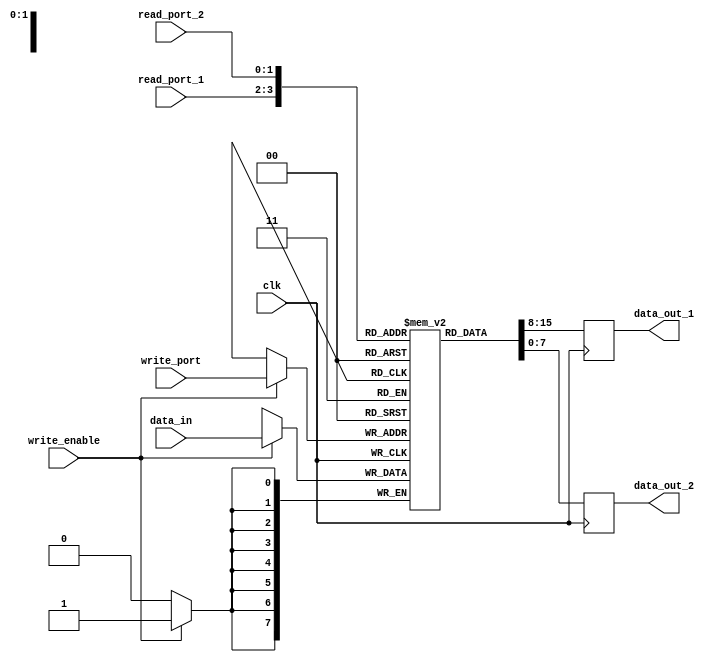
module register_file(
    input wire clk,
    input wire [1:0] read_port_1,
    input wire [1:0] read_port_2,
    input wire [1:0] write_port,
    input wire write_enable,
    input wire [7:0] data_in,
    output reg [7:0] data_out_1,
    output reg [7:0] data_out_2
);

reg [7:0] memory [3:0]; // 4 memory blocks each storing 8-bit data

always @(posedge clk) begin
    // Read from memory blocks based on read_port inputs
    data_out_1 <= memory[read_port_1];
    data_out_2 <= memory[read_port_2];
    
    // Write to memory block based on write_port input
    if (write_enable)
        memory[write_port] <= data_in;
end

endmodule